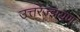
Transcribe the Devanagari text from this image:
उत्तरज्झयण